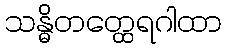
သန္ဓိတတ္ထေရဂါထာ